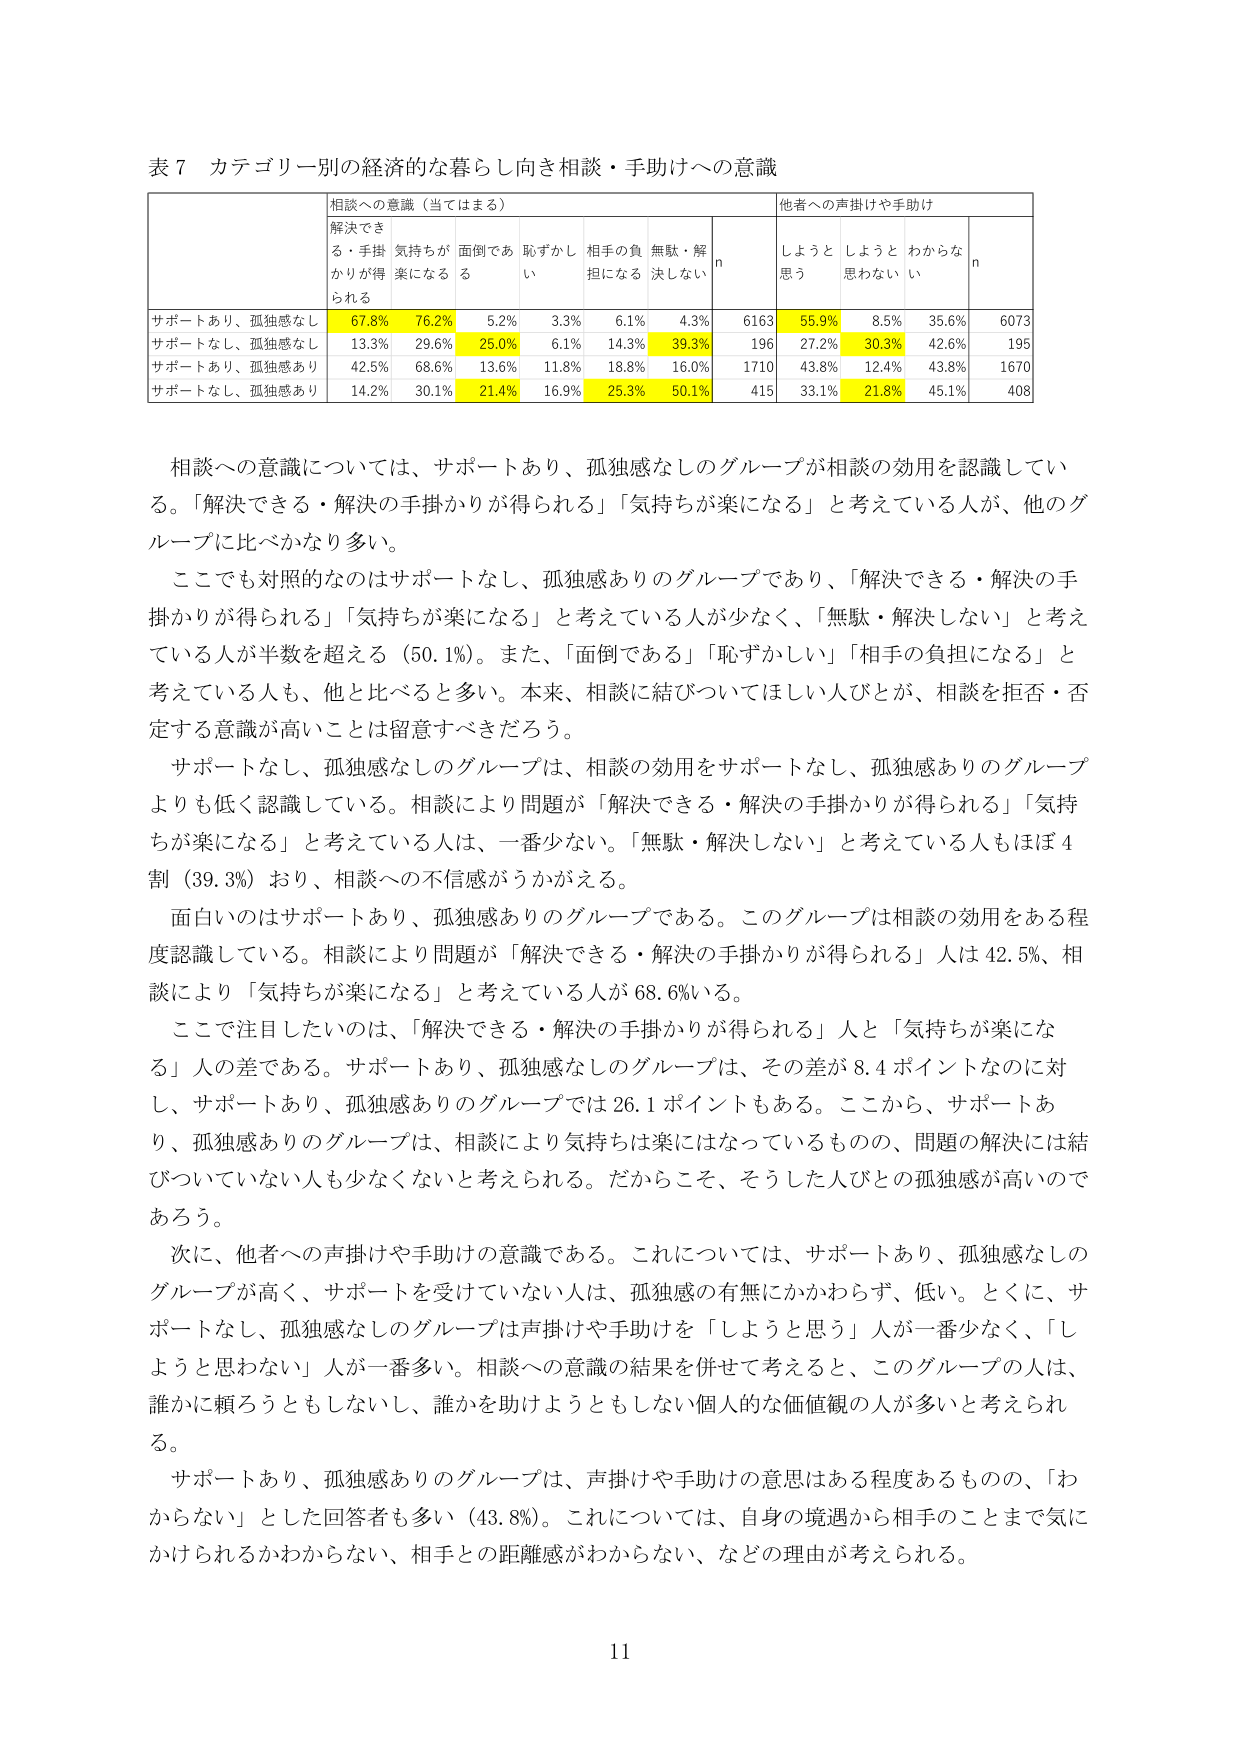
表７ カテゴリー別の経済的な暮らし向き相談・手助けへの意識

相談への意識（当てはまる） 他者への声掛けや手助け
解決できる・手掛かりが得られる 気持ちが楽になる 面倒である 恥ずかしい 相手の負担になる 無駄・解決しない n しようと思う しようと思わない わからない n

サポートあり、孤独感なし 67.8% 76.2% 5.2% 3.3% 6.1% 4.3% 6163 55.9% 8.5% 35.6% 6073
サポートなし、孤独感なし 13.3% 29.6% 25.0% 6.1% 14.3% 39.3% 196 27.2% 30.3% 42.6% 195
サポートあり、孤独感あり 42.5% 68.6% 13.6% 11.8% 18.8% 16.0% 1710 43.8% 12.4% 43.8% 1670
サポートなし、孤独感あり 14.2% 30.1% 21.4% 16.9% 25.3% 50.1% 415 33.1% 21.8% 45.1% 408

相談への意識については、サポートあり、孤独感なしのグループが相談の効用を認識している。「解決できる・解決の手掛かりが得られる」「気持ちが楽になる」と考えている人が、他のグループに比べかなり多い。

ここでも対照的なのはサポートなし、孤独感ありのグループであり、「解決できる・解決の手掛かりが得られる」「気持ちが楽になる」と考えている人が少なく、「無駄・解決しない」と考えている人が半数を超える（50.1%）。また、「面倒である」「恥ずかしい」「相手の負担になる」と考えている人も、他と比べると多い。本来、相談に結びついてほしい人びとが、相談を拒否・否定する意識が高いことは留意すべきだろう。

サポートなし、孤独感なしのグループは、相談の効用をサポートなし、孤独感ありのグループよりも低く認識している。相談により問題が「解決できる・解決の手掛かりが得られる」「気持ちが楽になる」と考えている人は、一番少ない。「無駄・解決しない」と考えている人もほぼ4割（39.3%）おり、相談への不信感がうかがえる。

面白いのはサポートあり、孤独感ありのグループである。このグループは相談の効用はある程度認識している。相談により問題が「解決できる・解決の手掛かりが得られる」人は42.5%、相談により「気持ちが楽になる」と考えている人が68.6%いる。

ここで注目したいのは、「解決できる・解決の手掛かりが得られる」人と「気持ちが楽になる」人の差である。サポートあり、孤独感なしのグループは、その差が8.4ポイントなのに対し、サポートあり、孤独感ありのグループでは26.1ポイントもある。ここから、サポートあり、孤独感ありのグループは、相談により気持ちは楽にはなっているものの、問題の解決には結びついていない人も少なくないと考えられる。だからこそ、そうした人びとの孤独感が高いのであろう。

次に、他者への声掛けや手助けの意識である。これについては、サポートあり、孤独感なしのグループが高く、サポートを受けていない人は、孤独感の有無にかかわらず、低い。とくに、サポートなし、孤独感なしのグループは声掛けや手助けを「しようと思う」人が一番少なく、「しようと思わない」人が一番多い。相談への意識の結果を併せて考えると、このグループの人は、誰かに頼ろうともしないし、誰かを助けようともしない個人的な価値観の人が多いと考えられる。

サポートあり、孤独感ありのグループは、声掛けや手助けの意思はある程度あるものの、「わからない」とした回答者も多い（43.8%）。これについては、自身の境遇から相手のことで気にかけられるかわからない、相手との距離感がわからない、などの理由が考えられる。

11